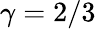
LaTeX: \gamma=2/3